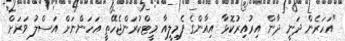
"އަހަރެން ދަނީ ދާން އިރުއިރުކޮޅާ އިއާންގެ ފެމިލީއާ މީޓްކުރަންޖެހޭތީ އަހަންނަށް އަސްލު ވަރަށް